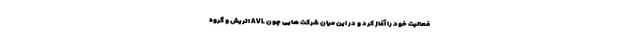
فعالیت خود را آغاز کرد و در این میان شرکت هایی چون AVL اتریش و گروه